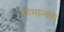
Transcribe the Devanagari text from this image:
सामान्यक